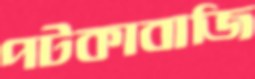
পটকাবাজি